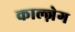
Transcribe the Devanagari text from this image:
काल्ज़ेग